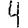
Digit: 4